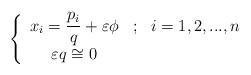
LaTeX: \begin{align*}\left\{ \begin{array}{ccc}x_{i}=\dfrac{p_{i}}{q}+\varepsilon \phi & ; & i=1,2,...,n \\ \varepsilon q\cong 0 & & \end{array}\right. \end{align*}